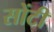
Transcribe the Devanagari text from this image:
सोंटी